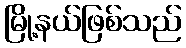
မြို့နယ်ဖြစ်သည်